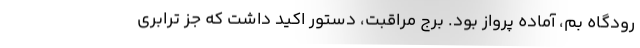
رودگاه بم، آماده پرواز بود. برج مراقبت، دستور اكيد داشت كه جز ترابري